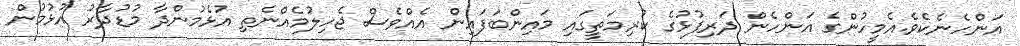
އަންހެނެކެވެ.އެމީހުންގެ އަންހެން ދަރިފުޅުގެ ކުރިމަތީގައި މައިންބަފައިން އެއްވެސް ޖެހިލުމެއްނެތި އުޅެމުންދާ މުޑުދާރު އުޅުމުން